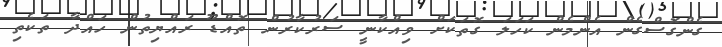
ގެންގޮސްގެން އެންމެން ކަހަލަ ގޮތަކަށް ވިއްކާނީ ސަރުކާރުން ތޮއްޑޫ ރައްޔިތުން ހައްދާ ތަކެތި